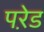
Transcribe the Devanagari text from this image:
परे़ड